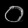
Digit: ၀